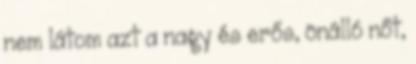
nem látom azt a nagy és erős, önálló nőt,